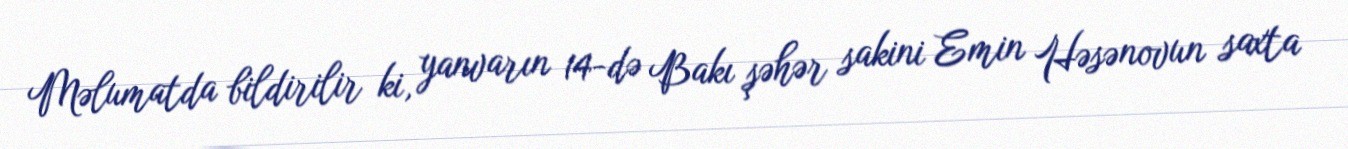
Məlumatda bildirilir ki, yanvarın 14-də Bakı şəhər sakini Emin Həsənovun saxta